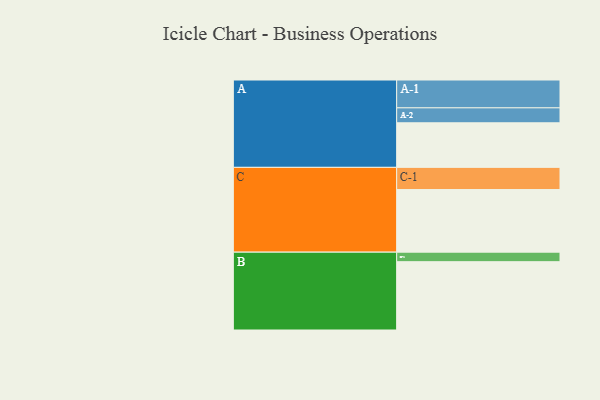
{"axis": {"x": "Segment", "y": "Value"}, "legend": ["", "A", "B", "C"], "data": [{"x": "A", "y": 346, "type": ""}, {"x": "B", "y": 530, "type": ""}, {"x": "C", "y": 486, "type": ""}, {"x": "A-1", "y": 216, "type": "A"}, {"x": "A-2", "y": 116, "type": "A"}, {"x": "B-1", "y": 74, "type": "B"}, {"x": "C-1", "y": 172, "type": "C"}]}